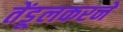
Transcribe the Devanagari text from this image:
तेंडूलकरने